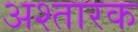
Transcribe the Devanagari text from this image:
अश्तारक